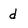
Character: d